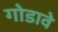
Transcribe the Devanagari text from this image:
गोडावे